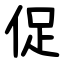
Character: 促